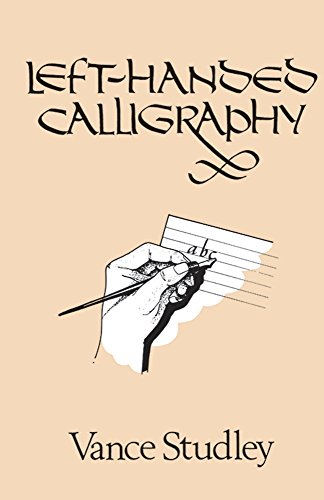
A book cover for Left-Handed Calligraphy (Lettering, Calligraphy, Typography); Vance Studley; Arts & Photography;